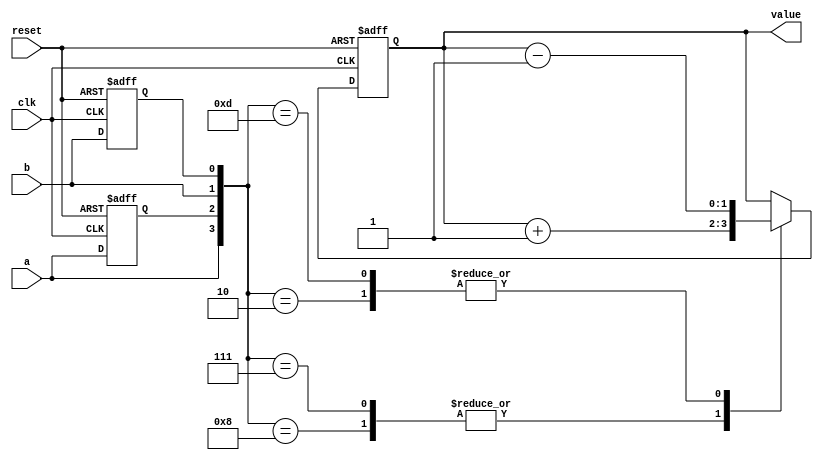
`default_nettype none
`timescale 1ns/1ns

module rot_encoder(
    input clk,
    input reset,
    input a,
    input b,
    output reg [1:0] value
);

    reg old_a;
    reg old_b;

    always @(posedge clk or posedge reset) begin
        if (reset) begin

            old_a <= 0;
            old_b <= 0;
            value <= 0;

        end else begin

            // last values
            old_a <= a;
            old_b <= b;

            // state machine
            case ({a,old_a,b,old_b})

                4'b1000: value <= value + 1;
                4'b0111: value <= value + 1;

                4'b0010: value <= value - 1;
                4'b1101: value <= value - 1;

                default: value <= value;
            endcase
        end
    end

endmodule